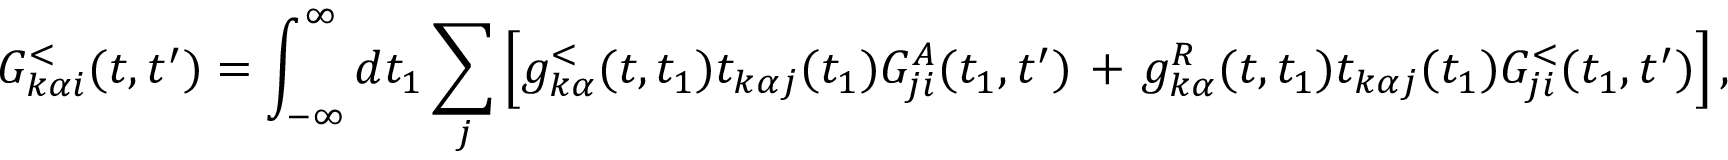
G _ { k \alpha i } ^ { < } ( t , t ^ { \prime } ) = \int _ { - \infty } ^ { \infty } d t _ { 1 } \sum _ { j } \left[ g _ { k \alpha } ^ { < } ( t , t _ { 1 } ) t _ { k \alpha j } ( t _ { 1 } ) G _ { j i } ^ { A } ( t _ { 1 } , t ^ { \prime } ) \right. + \left. g _ { k \alpha } ^ { R } ( t , t _ { 1 } ) t _ { k \alpha j } ( t _ { 1 } ) G _ { j i } ^ { < } ( t _ { 1 } , t ^ { \prime } ) \right] ,